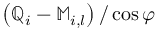
\left( \mathbb { Q } _ { i } - \mathbb { M } _ { i , l } \right) / \cos { \varphi }